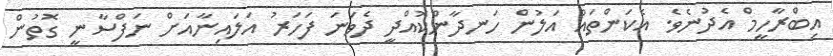
އިބްރާހީމް އެދުނެވެ. އެކަންތައް އަލުން ހަނދާންކޮއްދީ ދެވަނަ ފަހަރު އަލައިނާއަށް ނަފްސާނީ ގޮތުން